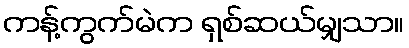
ကန့်ကွက်မဲက ရှစ်ဆယ်မျှသာ။